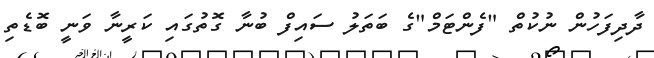
ދާދިފަހުން ނުކުތް "ފެންޓަމް"ގެ ބަތަލު ސައިފް ބުނާ ގޮތުގައި ކަރީނާ ވަނީ ބޮޑެތި